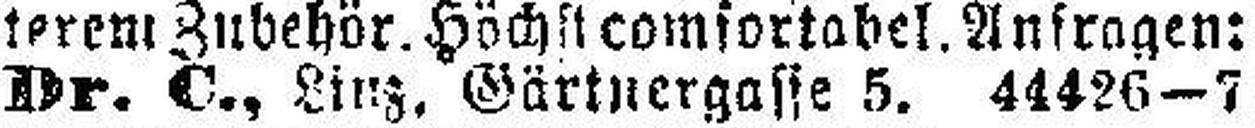
Dr. C., Linz, Gärtnergasse 5. 44426—7